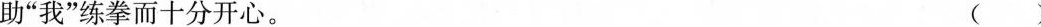
助”我”练拳而十分开心。 ( )